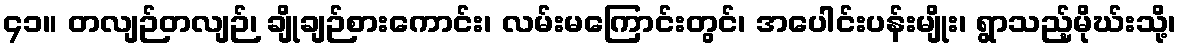
၄၁။ တလျဉ်တလျဉ်၊ ချိုချဉ်စားကောင်း၊ လမ်းမကြောင်းတွင်၊ အပေါင်းပန်းမျိုး၊ ရွာသည့်မိုဃ်းသို့၊